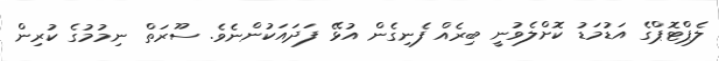
ލެޕްޓޮޕްގެ އަޑުމަޑު ކޮށްލެވުނީ ބިރެއް ފެނިގެން އުޅޭ ފަދައަކުންނެވެ. ސޫރަތް ނިމުމުގެ ކުރިން